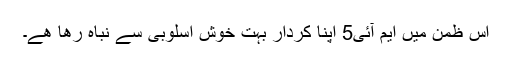
اس ظمن ميں ايم آئی5 اپنا کردار بہت خوش اسلوبی سے نباہ رھا ھے۔